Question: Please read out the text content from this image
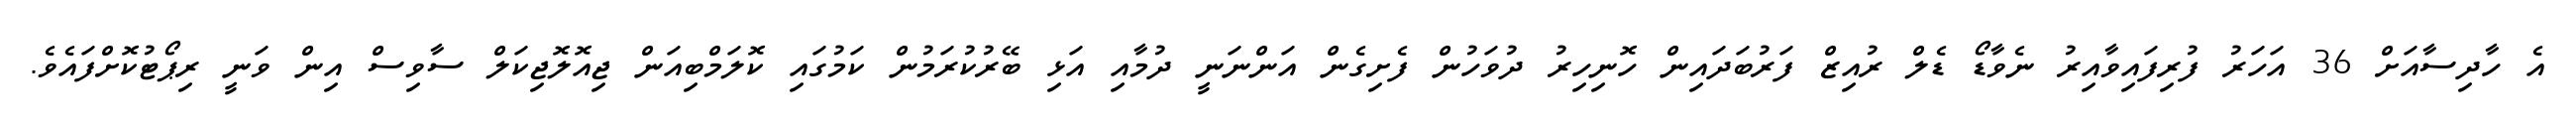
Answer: އެ ހާދިސާއަށް 36 އަހަރު ފުރިފައިވާއިރު ނެވާޑޯ ޑެލް ރުއިޒް ފަރުބަދައިން ހޮނިހިރު ދުވަހުން ފެށިގެން އަންނަނީ ދުމާއި އަޅި ބޭރުކުރަމުން ކަމުގައި ކޮލަމްބިއަން ޖިއޮލޮޖިކަލް ސާވިސް އިން ވަނީ ރިޕޯޓުކޮށްފައެވެ.